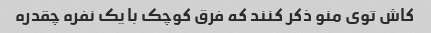
کاش توی منو ذکر کنند که فرق کوچک با یک نفره چقدره